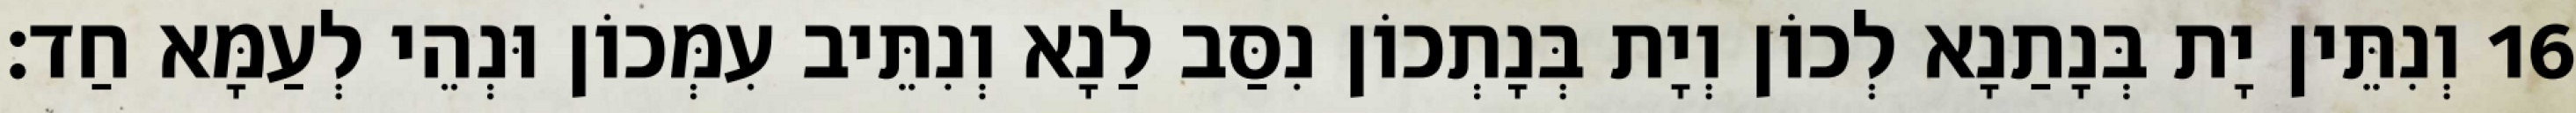
16 וְנִתֵּין יָת בְּנָתַנָא לְכוֹן וְיָת בְּנָתְכוֹן נִסַּב לַנָא וְנִתֵּיב עִמְּכוֹן וּנְהֵי לְעַמָּא חַד׃